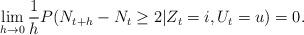
LaTeX: \begin{align*}\lim_{h\to0}\frac{1}{h} P(N_{t+h}-N_t\ge 2|Z_t = i,U_t=u)&=0.\end{align*}